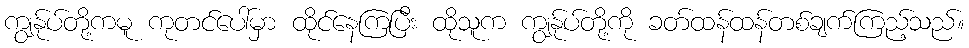
ကျွန်ုပ်တို့ကမူ ကုတင်ပေါ်မှာ ထိုင်နေကြပြီး ထိုသူက ကျွန်ုပ်တို့ကို ခတ်ထန်ထန်တစ်ချက်ကြည့်သည်။